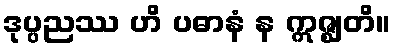
ဒုပ္ပညဿ ဟိ ပဓာနံ န ဣဇ္ဈတိ။